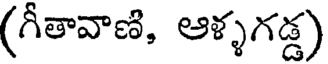
(గీతావాణి, ఆళ్ళగడ్డ)